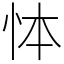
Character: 㤓